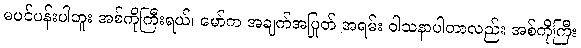
မပင်ပန်းပါဘူး အစ်ကိုကြီးရယ်၊ မော်က အချက်အပြုတ် အရမ်း ဝါသနာပါတာလည်း အစ်ကိုကြီး